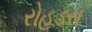
રોહડસ